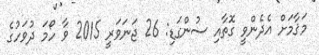
މަޤާމަށް އެދެންވީ ގޮތާއި ސުންގަޑި: 26 ޖަނަވަރީ 2015 ވާ ހޯމަ ދުވަހުގެ